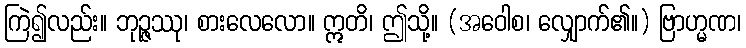
ကြဲ၍လည်း။ ဘုဉ္ဇဿု၊ စားလေလော။ ဣတိ၊ ဤသို့။ (အဝေါစ၊ လျှောက်၏။) ဗြာဟ္မဏ၊